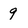
Character: 9